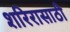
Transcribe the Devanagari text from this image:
शरिरासाठी